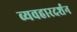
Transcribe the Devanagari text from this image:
व्यवहारदर्शन